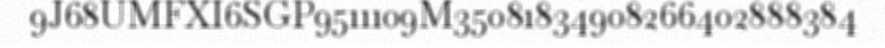
9J68UMFXI6SGP9511109M35081834908266402888384